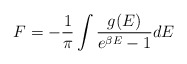
\begin{align*}F = - \frac{1}{\pi} \int \frac{g ( E )}{e^{\beta E} - 1} d E \end{align*}